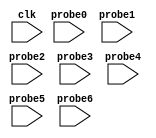
// (c) Copyright 1995-2012 Xilinx, Inc. All rights reserved.
//
// This file contains confidential and proprietary information
// of Xilinx, Inc. and is protected under U.S. and
// international copyright and other intellectual property
// laws.
//
// DISCLAIMER
// This disclaimer is not a license and does not grant any
// rights to the materials distributed herewith. Except as
// otherwise provided in a valid license issued to you by
// Xilinx, and to the maximum extent permitted by applicable
// law: (1) THESE MATERIALS ARE MADE AVAILABLE "AS IS" AND
// WITH ALL FAULTS, AND XILINX HEREBY DISCLAIMS ALL WARRANTIES
// AND CONDITIONS, EXPRESS, IMPLIED, OR STATUTORY, INCLUDING
// BUT NOT LIMITED TO WARRANTIES OF MERCHANTABILITY, NON-
// INFRINGEMENT, OR FITNESS FOR ANY PARTICULAR PURPOSE; and
// (2) Xilinx shall not be liable (whether in contract or tort,
// including negligence, or under any other theory of
// liability) for any loss or damage of any kind or nature
// related to, arising under or in connection with these
// materials, including for any direct, or any indirect,
// special, incidental, or consequential loss or damage
// (including loss of data, profits, goodwill, or any type of
// loss or damage suffered as a result of any action brought
// by a third party) even if such damage or loss was
// reasonably foreseeable or Xilinx had been advised of the
// possibility of the same.
//
// CRITICAL APPLICATIONS
// Xilinx products are not designed or intended to be fail-
// safe, or for use in any application requiring fail-safe
// performance, such as life-support or safety devices or
// systems, Class III medical devices, nuclear facilities,
// applications related to the deployment of airbags, or any
// other applications that could lead to death, personal
// injury, or severe property or environmental damage
// (individually and collectively, "Critical
// Applications"). Customer assumes the sole risk and
// liability of any use of Xilinx products in Critical
// Applications, subject only to applicable laws and
// regulations governing limitations on product liability.
//
// THIS COPYRIGHT NOTICE AND DISCLAIMER MUST BE RETAINED AS
// PART OF THIS FILE AT ALL TIMES.
//
// DO NOT MODIFY THIS FILE.
`timescale 1ns / 1ps
module ila_0 (
clk,


probe0,
probe1,
probe2,
probe3,
probe4,
probe5,
probe6
);

input clk;


input [31 : 0] probe0;
input [31 : 0] probe1;
input [19 : 0] probe2;
input [31 : 0] probe3;
input [31 : 0] probe4;
input [31 : 0] probe5;
input [31 : 0] probe6;


endmodule